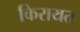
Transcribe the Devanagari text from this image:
किरायत